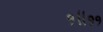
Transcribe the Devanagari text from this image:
१॥११